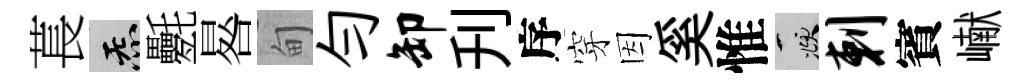
萇炁氎晷甸勻卸刋序穿因奚惟頫剌賓𪩘